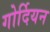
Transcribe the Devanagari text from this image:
गोर्दियन